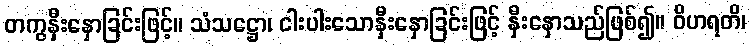
တကွနှီးနှောခြင်းဖြင့်။ သံသဋ္ဌော၊ ငါးပါးသောနှီးနှောခြင်းဖြင့် နှီးနှောသည်ဖြစ်၍။ ဝိဟရတိ၊